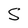
Character: s